Report on the working of the Ranchi Indian Mental Hospital, Kanke, in Bihar and Orissa - 1930-1940
Year: 1930
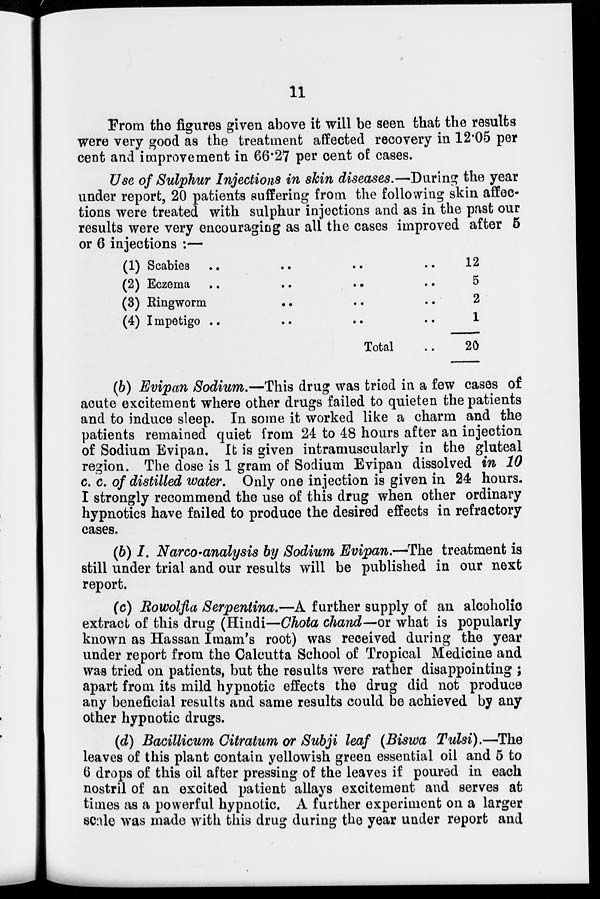
11
From the figures given above it will be seen that the results
were very good as the treatment affected recovery in 12.05 per
cent and improvement in 66.27 per cent of cases.
Use of Sulphur Injections in skin diseases.—During the year
under report, 20 patients suffering from the following skin affec-
tions were treated with sulphur injections and as in the past our
results were very encouraging as all the cases improved after 5
or 6 injections :—
(1) Scabies .. .. .. ..
(2) Eczemav .. .. .. ..
(3) Ringworm .. .. ..
(4) Impetigo .. .. ..
Total ..
12
5
2
1
20
(b) Evipan Sodium.—This drug was tried in a few cases of
acute excitement where other drugs failed to quieten the patients
and to induce sleep. In some it worked like a charm and the
patients remained quiet from 24 to 48 hours after an injection
of Sodium Evipan. It is given intramuscularly in the gluteal
region. The dose is 1 gram of Sodium Evipan dissolved in 10
c. c. of distilled water. Only one injection is given in 24 hours.
I strongly recommend the use of this drug when other ordinary
hypnotics have failed to produce the desired effects in refractory
cases.
(b) I. Narco-analysis by Sodium Evipan.—The treatment is
still under trial and our results will be published in our next
report.
(c) Bowolfia Serpentina.—A further supply of an alcoholic
extract of this drug (Hindi—Chota chand—or what is popularly
known as Hassan Imam's root) was received during the year
under report from the Calcutta School of Tropical Medicine and
was tried on patients, but the results were rather disappointing ;
apart from its mild hypnotic effects the drug did not produce
any beneficial results and same results could be achieved by any
other hypnotic drugs.
(d) Bacillicum Citratum or Subji leaf (Biswa Tulsi).—The
leaves of this plant contain yellowish green essential oil and 5 to
6 drops of this oil after pressing of the leaves if poured in each
nostril of an excited patient allays excitement and serves at
times as a powerful hypnotic. A further experiment on a larger
scale was made with this drug during the year under report and